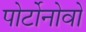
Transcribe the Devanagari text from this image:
पोर्टोनोवो